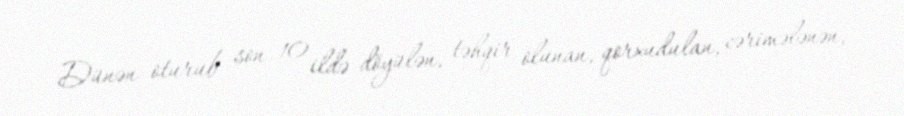
Dünən oturub son 10 ildə döyülən, təhqir olunan, qorxudulan, cərimələnən,